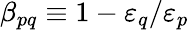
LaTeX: \beta_{pq}\equiv 1-\varepsilon_{q}/\varepsilon_{p}